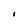
Character: I